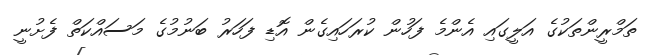
ތަމްރީންތަކުގެ އަލީގައި އެންމެ ފަހުން ކުރަހައިގެން އޮޑި ފަހަރު ބަނުމުގެ މަސައްކަތް ފެށުނީ